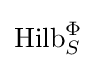
{\text{Hilb}}_{S}^{\Phi }